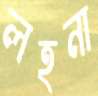
লহনা